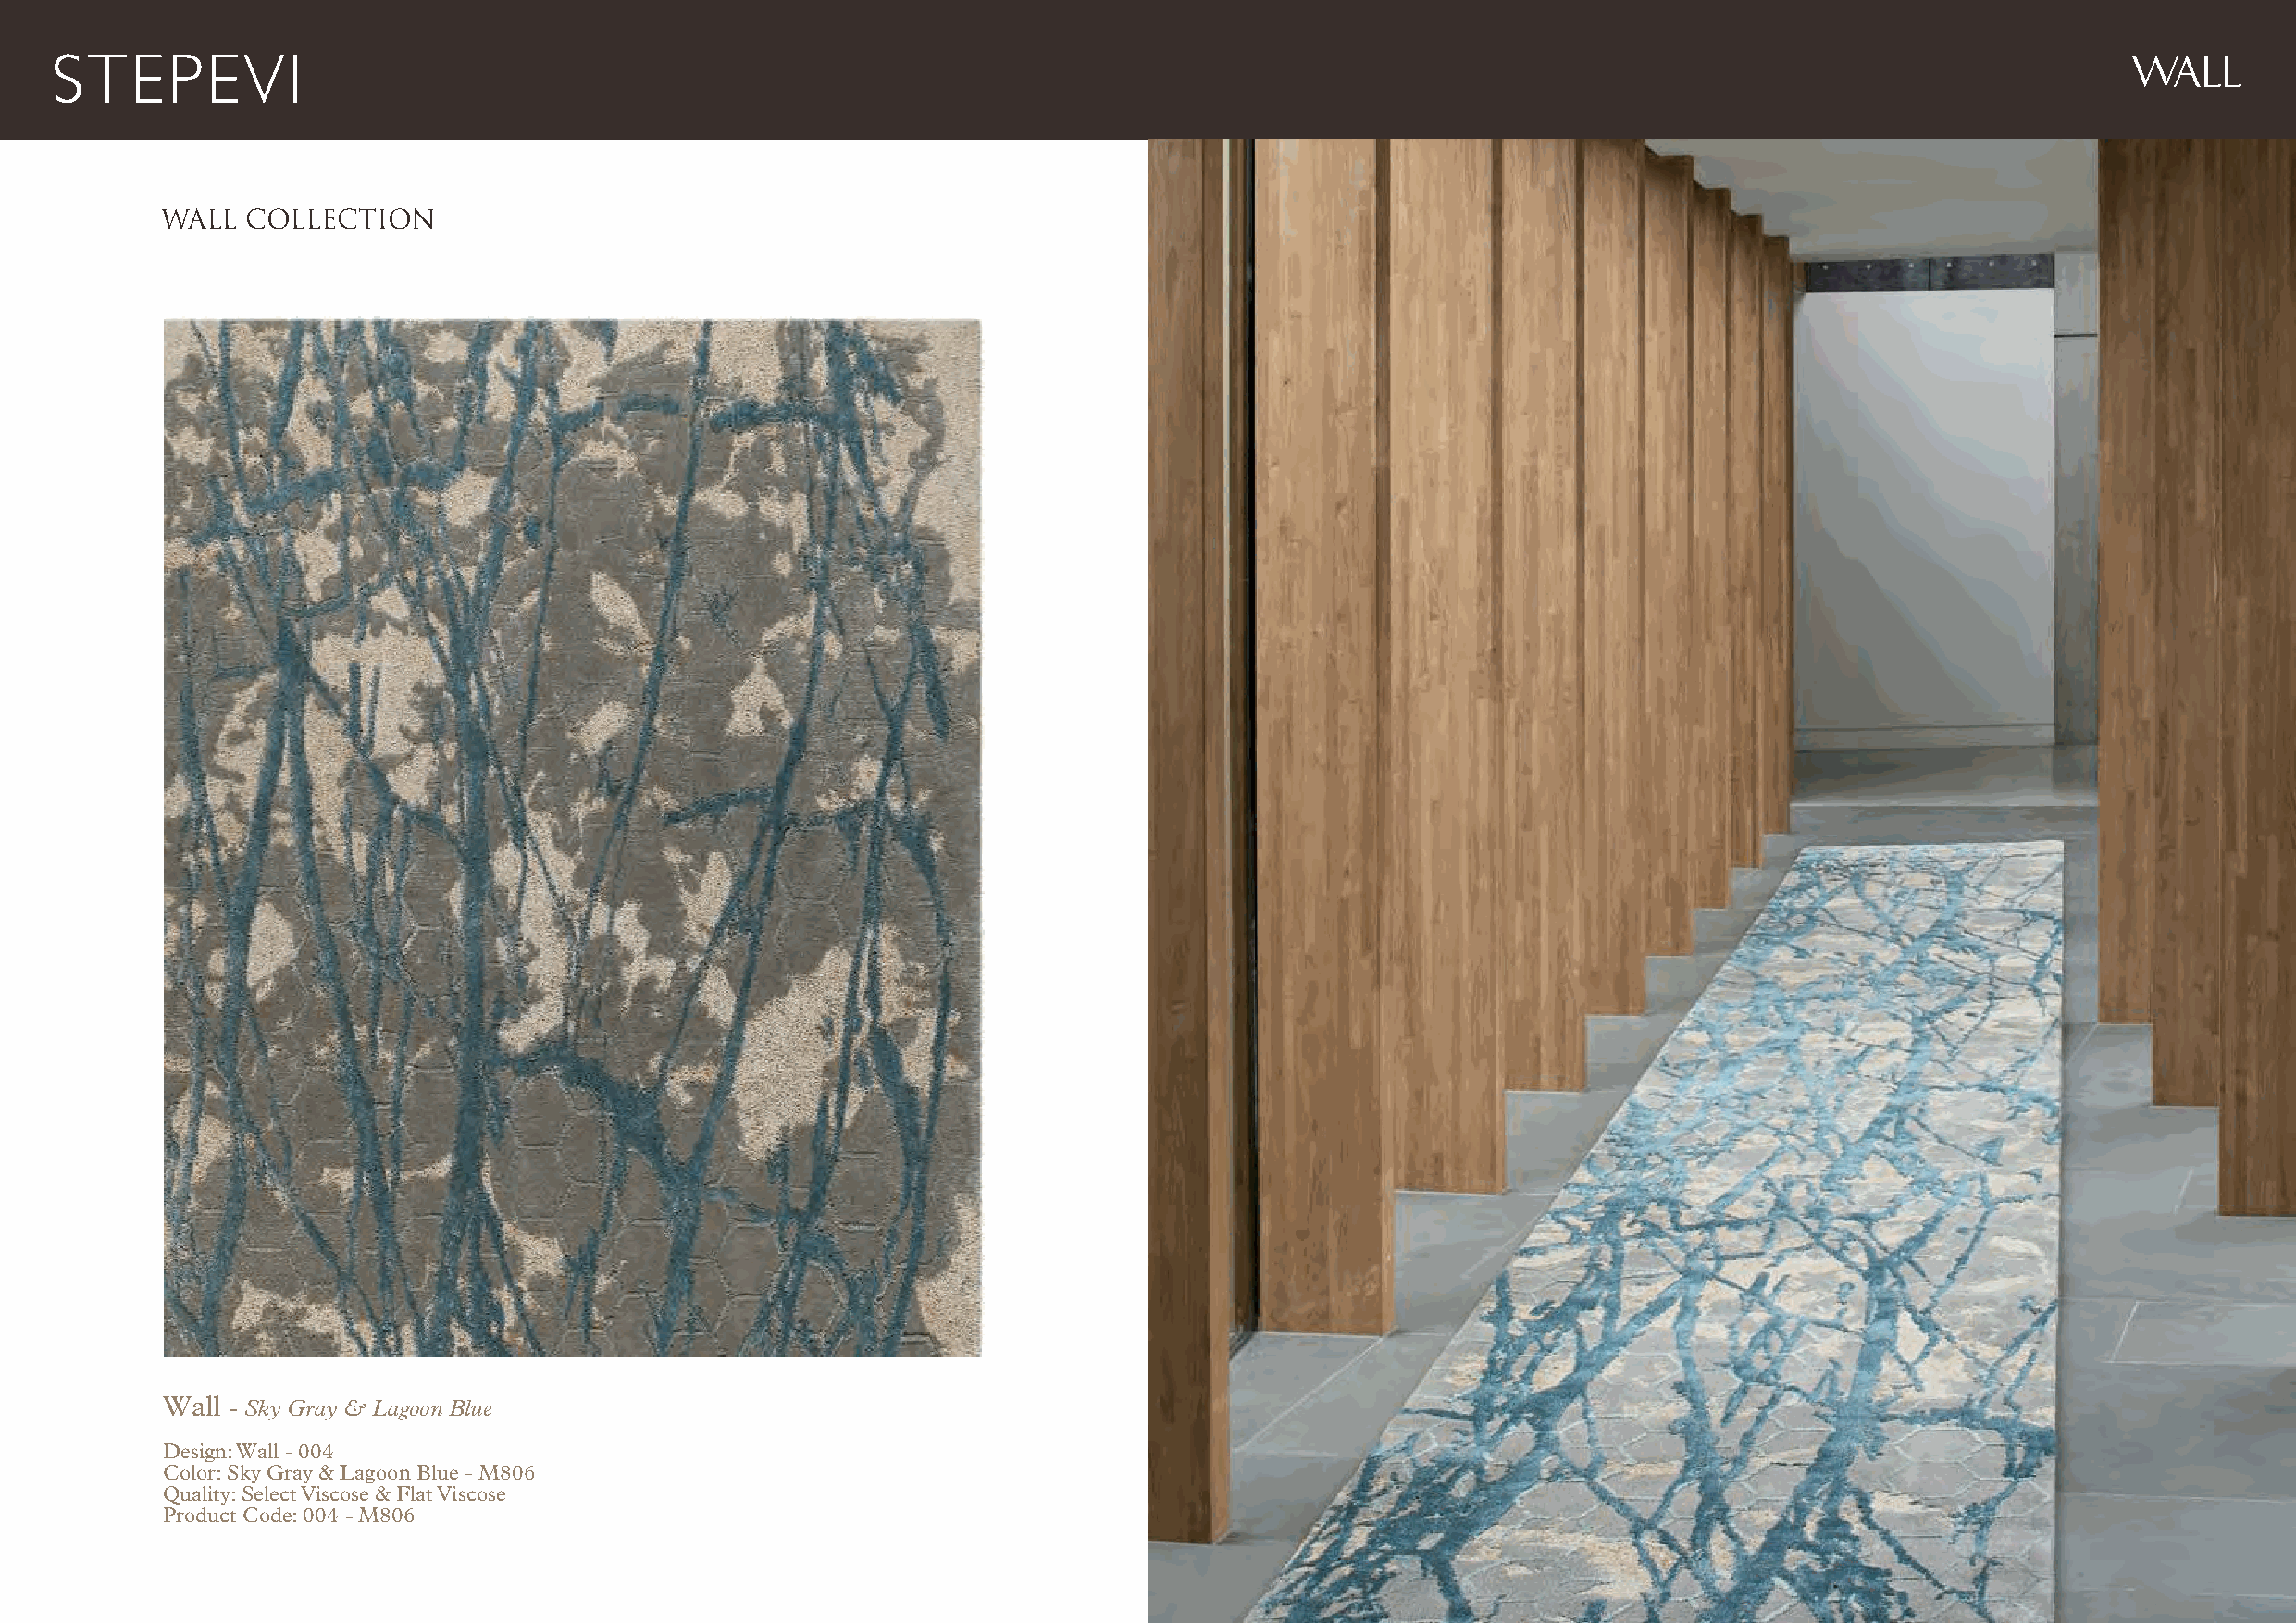
WALL
 WALL  COLLECTION
 Wall - Sky Gray & Lagoon Blue
 Design: Wall - 004
 Color: Sky Gray & Lagoon Blue - M806
 Quality: Select Viscose & Flat Viscose
 Product Code: 004 - M806